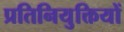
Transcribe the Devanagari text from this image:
प्रतिनियुक्तियों